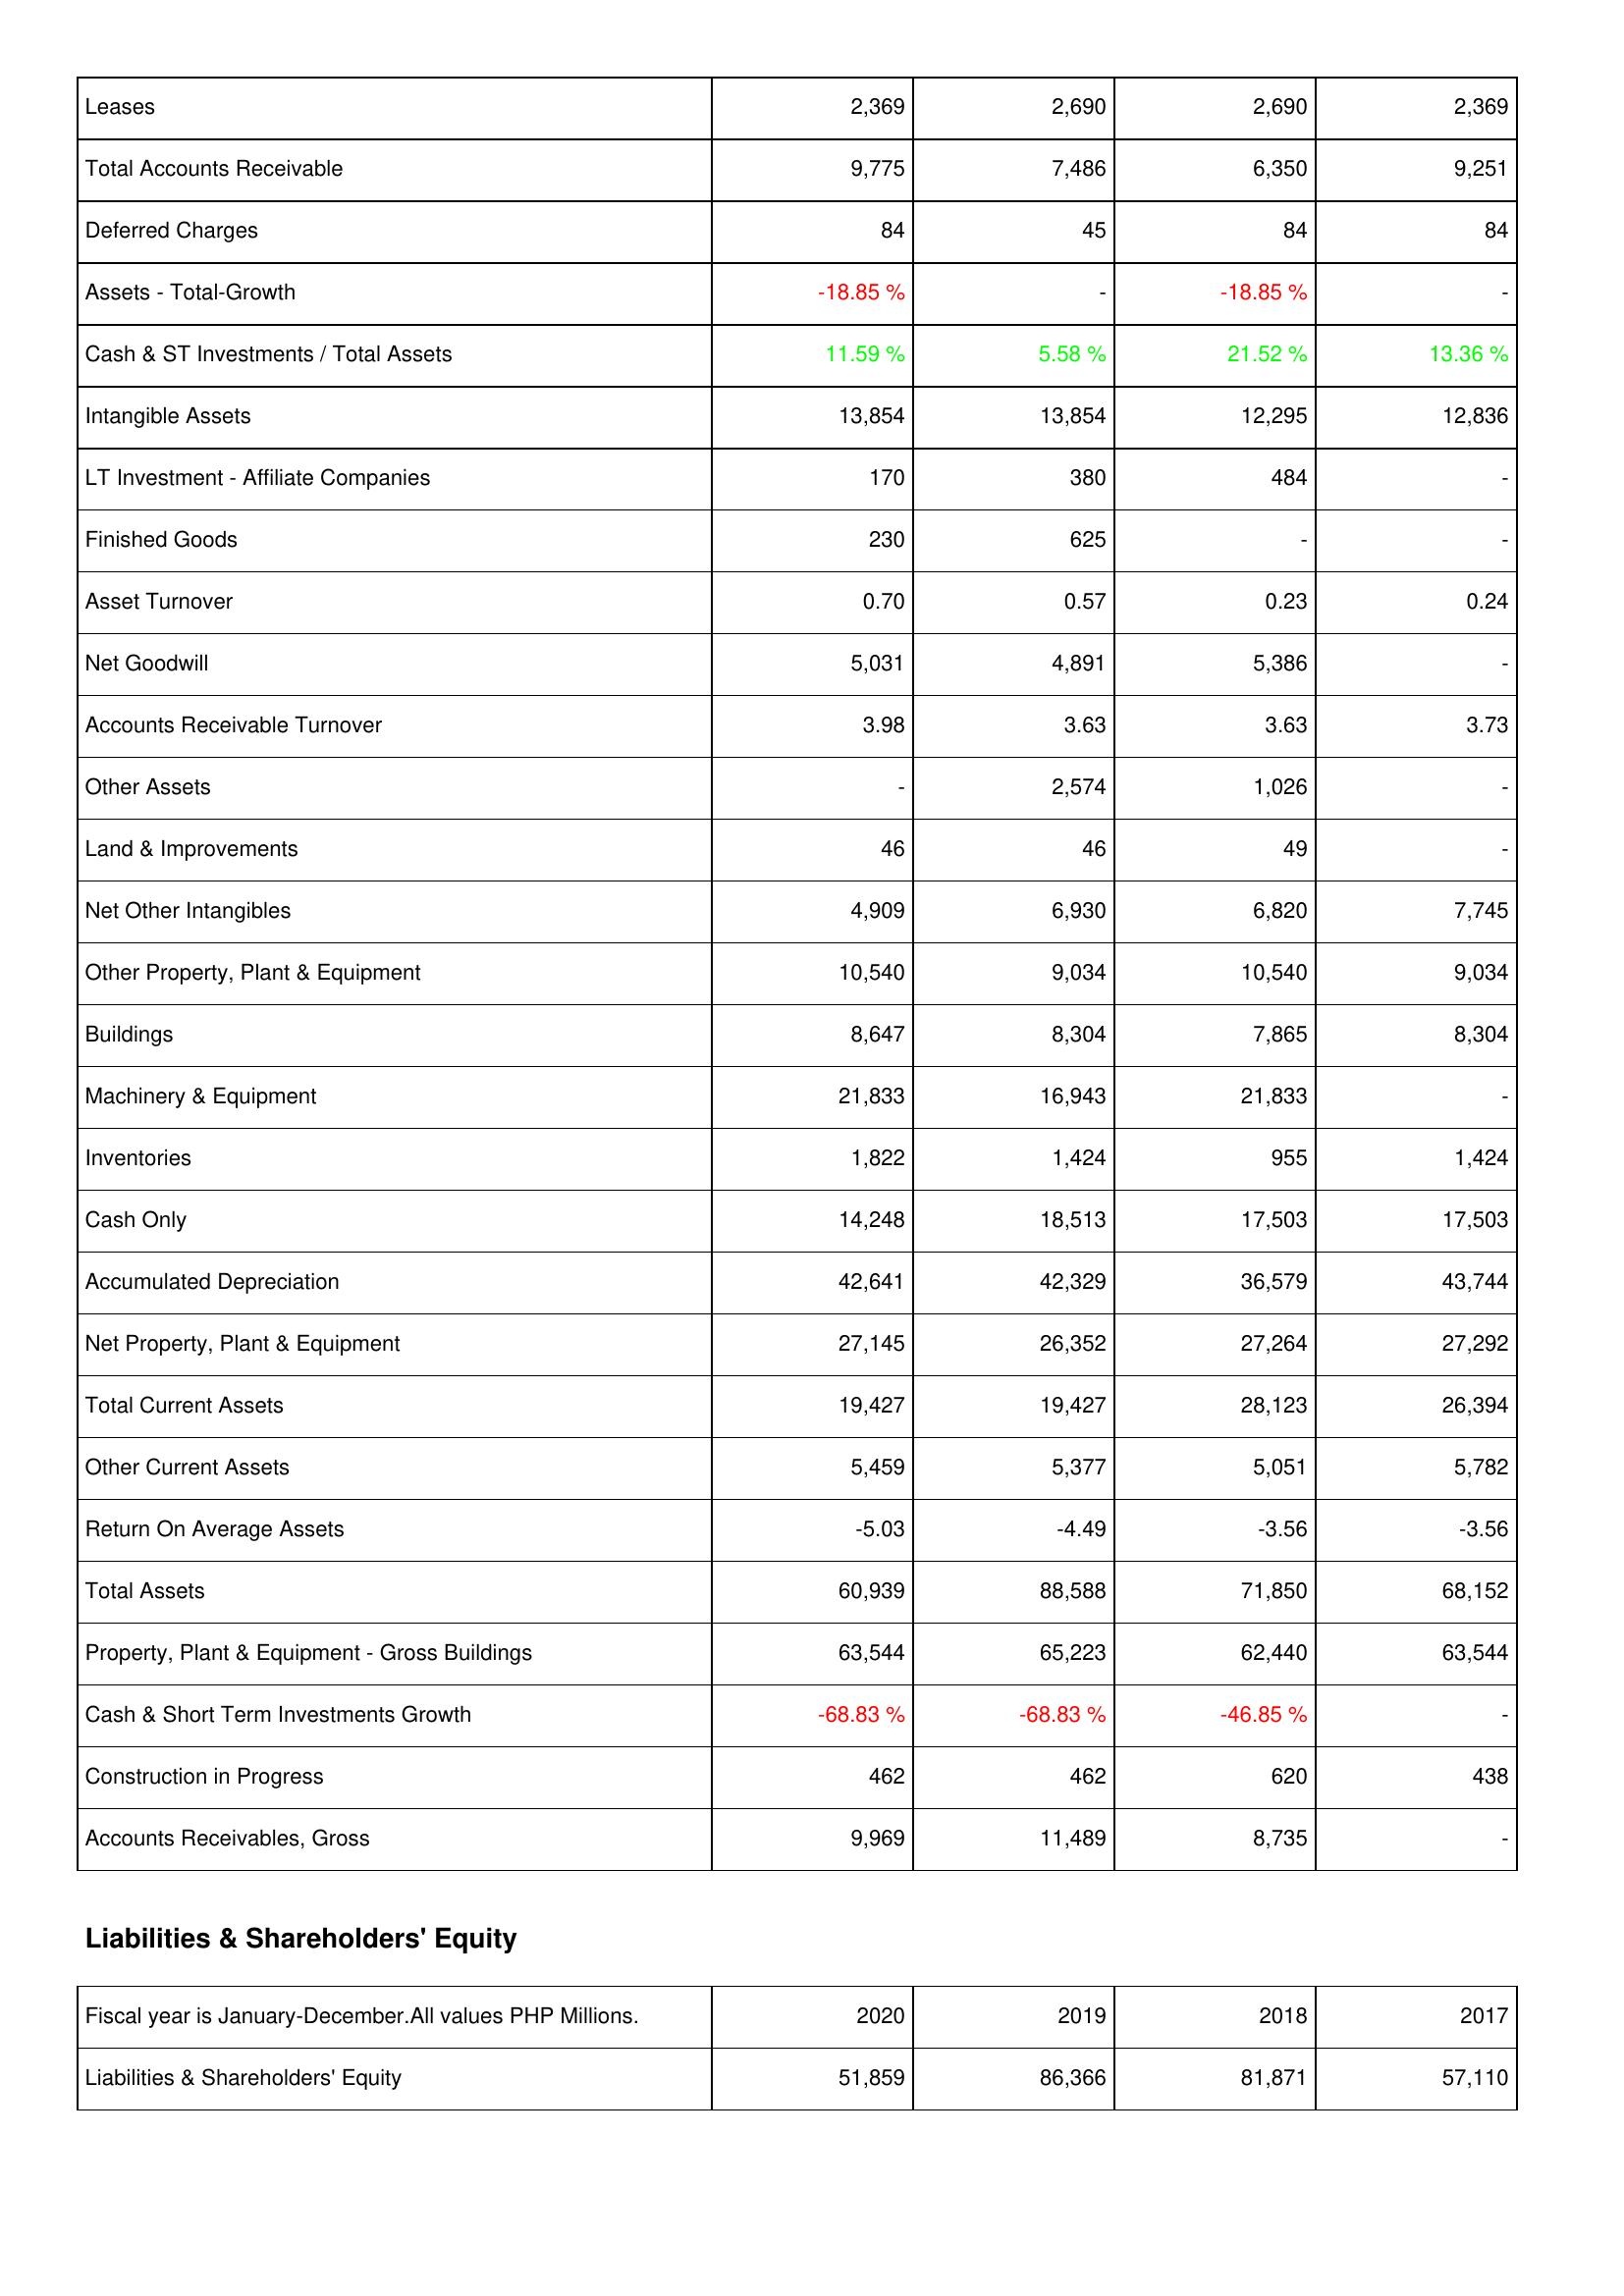
2020: Assets: Leases: 2,369
Total Accounts Receivable: 9,775
Deferred Charges: 84
Assets - Total-Growth: -18.85 %
Cash & ST Investments / Total Assets: 11.59 %
Intangible Assets: 13,854
LT Investment - Affiliate Companies: 170
Finished Goods: 230
Asset Turnover: 0.70
Net Goodwill: 5,031
Accounts Receivable Turnover: 3.98
Other Assets: -
Land & Improvements: 46
Net Other Intangibles: 4,909
Other Property, Plant & Equipment: 10,540
Buildings: 8,647
Machinery & Equipment: 21,833
Inventories: 1,822
Cash Only: 14,248
Accumulated Depreciation: 42,641
Net Property, Plant & Equipment: 27,145
Total Current Assets: 19,427
Other Current Assets: 5,459
Return On Average Assets: -5.03
Total Assets: 60,939
Property, Plant & Equipment - Gross Buildings: 63,544
Cash & Short Term Investments Growth: -68.83 %
Construction in Progress: 462
Accounts Receivables, Gross: 9,969
Liabilities & Shareholders' Equity: Liabilities & Shareholders' Equity: 51,859
2019: Assets: Leases: 2,690
Total Accounts Receivable: 7,486
Deferred Charges: 45
Assets - Total-Growth: -
Cash & ST Investments / Total Assets: 5.58 %
Intangible Assets: 13,854
LT Investment - Affiliate Companies: 380
Finished Goods: 625
Asset Turnover: 0.57
Net Goodwill: 4,891
Accounts Receivable Turnover: 3.63
Other Assets: 2,574
Land & Improvements: 46
Net Other Intangibles: 6,930
Other Property, Plant & Equipment: 9,034
Buildings: 8,304
Machinery & Equipment: 16,943
Inventories: 1,424
Cash Only: 18,513
Accumulated Depreciation: 42,329
Net Property, Plant & Equipment: 26,352
Total Current Assets: 19,427
Other Current Assets: 5,377
Return On Average Assets: -4.49
Total Assets: 88,588
Property, Plant & Equipment - Gross Buildings: 65,223
Cash & Short Term Investments Growth: -68.83 %
Construction in Progress: 462
Accounts Receivables, Gross: 11,489
Liabilities & Shareholders' Equity: Liabilities & Shareholders' Equity: 86,366
2018: Assets: Leases: 2,690
Total Accounts Receivable: 6,350
Deferred Charges: 84
Assets - Total-Growth: -18.85 %
Cash & ST Investments / Total Assets: 21.52 %
Intangible Assets: 12,295
LT Investment - Affiliate Companies: 484
Finished Goods: -
Asset Turnover: 0.23
Net Goodwill: 5,386
Accounts Receivable Turnover: 3.63
Other Assets: 1,026
Land & Improvements: 49
Net Other Intangibles: 6,820
Other Property, Plant & Equipment: 10,540
Buildings: 7,865
Machinery & Equipment: 21,833
Inventories: 955
Cash Only: 17,503
Accumulated Depreciation: 36,579
Net Property, Plant & Equipment: 27,264
Total Current Assets: 28,123
Other Current Assets: 5,051
Return On Average Assets: -3.56
Total Assets: 71,850
Property, Plant & Equipment - Gross Buildings: 62,440
Cash & Short Term Investments Growth: -46.85 %
Construction in Progress: 620
Accounts Receivables, Gross: 8,735
Liabilities & Shareholders' Equity: Liabilities & Shareholders' Equity: 81,871
2017: Assets: Leases: 2,369
Total Accounts Receivable: 9,251
Deferred Charges: 84
Assets - Total-Growth: -
Cash & ST Investments / Total Assets: 13.36 %
Intangible Assets: 12,836
LT Investment - Affiliate Companies: -
Finished Goods: -
Asset Turnover: 0.24
Net Goodwill: -
Accounts Receivable Turnover: 3.73
Other Assets: -
Land & Improvements: -
Net Other Intangibles: 7,745
Other Property, Plant & Equipment: 9,034
Buildings: 8,304
Machinery & Equipment: -
Inventories: 1,424
Cash Only: 17,503
Accumulated Depreciation: 43,744
Net Property, Plant & Equipment: 27,292
Total Current Assets: 26,394
Other Current Assets: 5,782
Return On Average Assets: -3.56
Total Assets: 68,152
Property, Plant & Equipment - Gross Buildings: 63,544
Cash & Short Term Investments Growth: -
Construction in Progress: 438
Accounts Receivables, Gross: -
Liabilities & Shareholders' Equity: Liabilities & Shareholders' Equity: 57,110